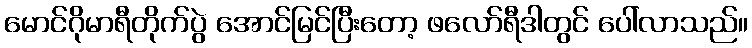
မောင်ဂိုမာရီတိုက်ပွဲ အောင်မြင်ပြီးတော့ ဖလော်ရီဒါတွင် ပေါ်လာသည်။